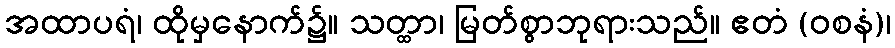
အထာပရံ၊ ထိုမှနောက်၌။ သတ္ထာ၊ မြတ်စွာဘုရားသည်။ ဧတံ (ဝစနံ)၊